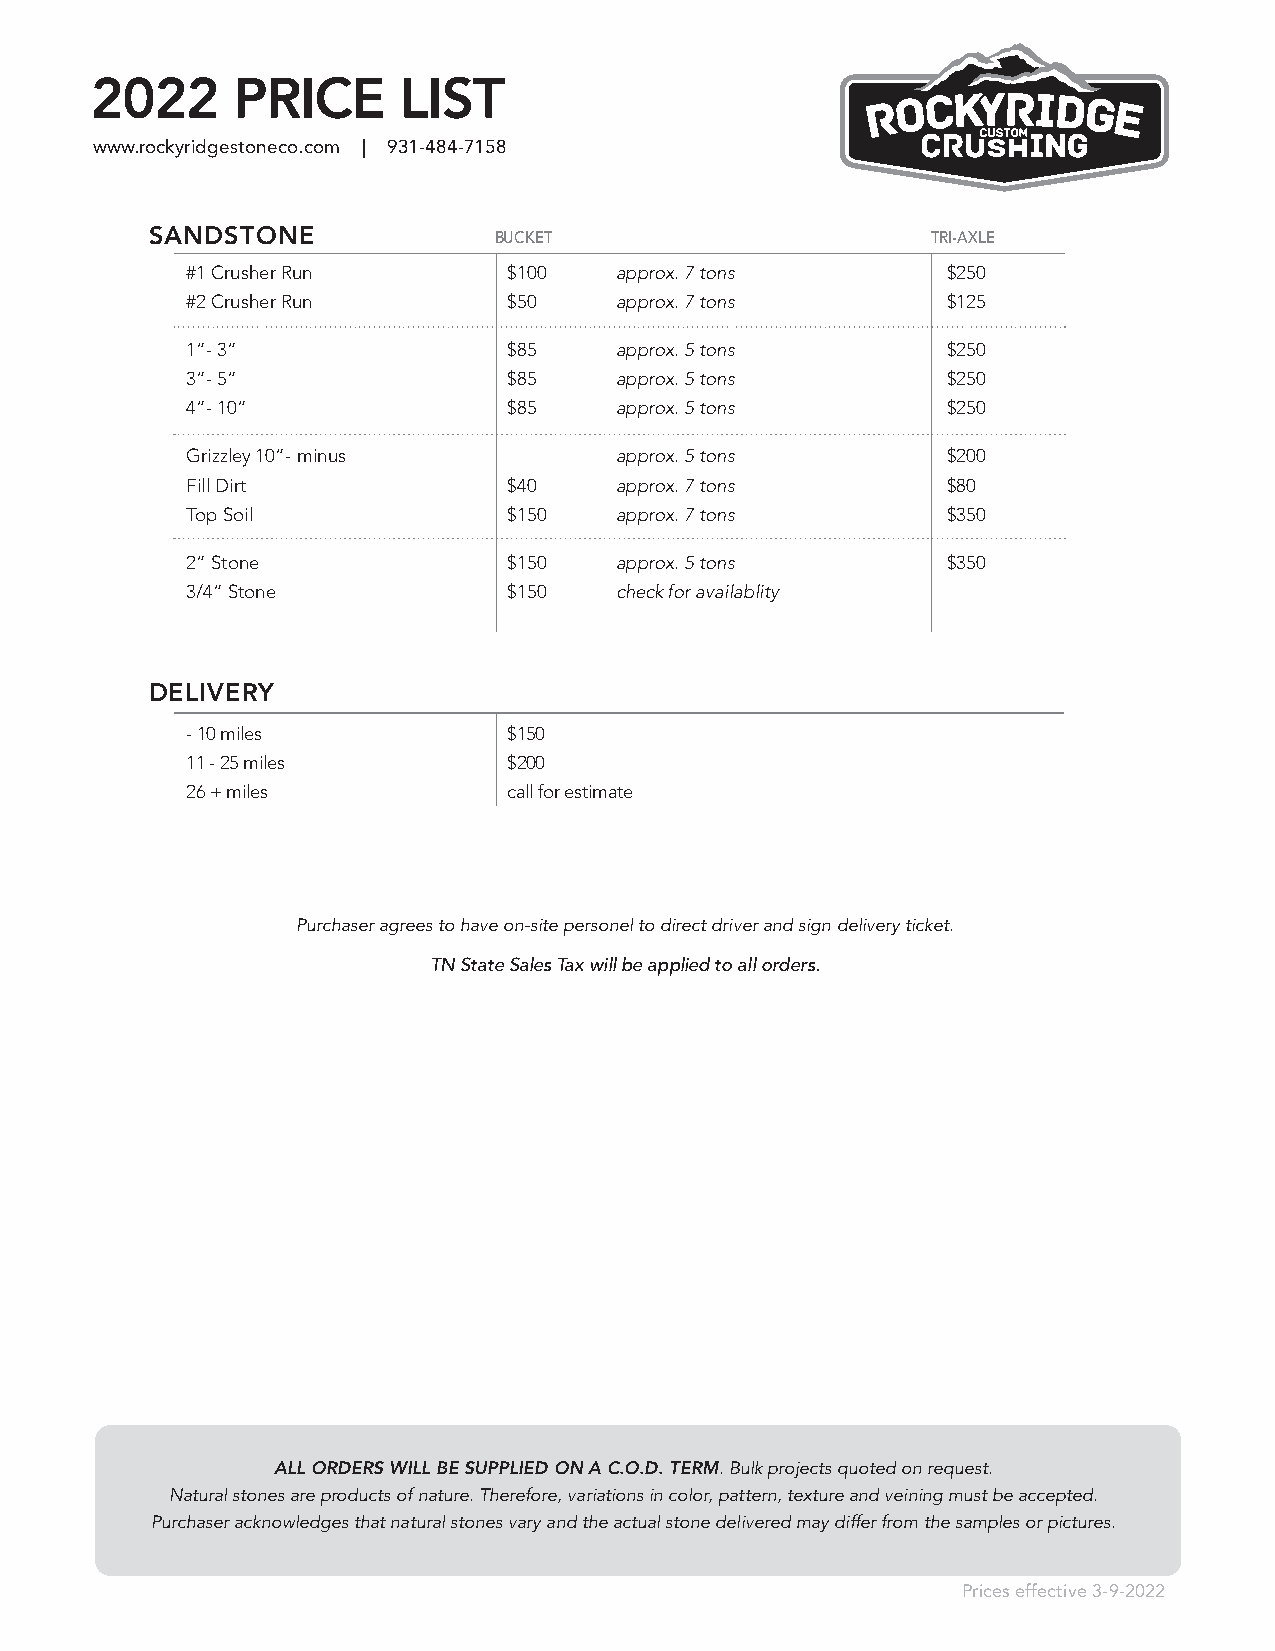
2022     PRICE      LIST
 www.rockyridgestoneco.com | 931-484-7158
 SANDSTONE              BUCKET                       TRI-AXLE
 #1 Crusher Run        $100   approx. 7 tons        $250
 #2 Crusher Run        $50    approx. 7 tons        $125
 1”- 3”                $85    approx. 5 tons        $250
 3”- 5”                $85    approx. 5 tons        $250
 4”- 10”               $85    approx. 5 tons        $250
 Grizzley 10”- minus          approx. 5 tons        $200
 Fill Dirt             $40    approx. 7 tons        $80
 Top Soil              $150   approx. 7 tons        $350
 2” Stone              $150   approx. 5 tons        $350
 3/4” Stone            $150   check for availablity
 DELIVERY
 - 10 miles            $150
 11 - 25 miles         $200
 26 + miles            call for estimate
 Purchaser agrees to have on-site personel to direct driver and sign delivery ticket.
 TN State Sales Tax will be applied to all orders.
 ALL ORDERS WILL BE SUPPLIED ON A C.O.D. TERM. Bulk projects quoted on request.
 Natural stones are products of nature. Therefore, variations in color, pattern, texture and veining must be accepted.
 Purchaser acknowledges that natural stones vary and the actual stone delivered may differ from the samples or pictures.
 Prices effective 3-9-2022
 IRREGULAR